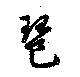
琶